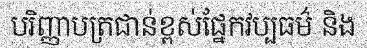
បរិញ្ញាបត្រជាន់ខ្ពស់ផ្នែកវប្បធម៌ និង